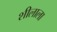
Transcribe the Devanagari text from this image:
शीलाला